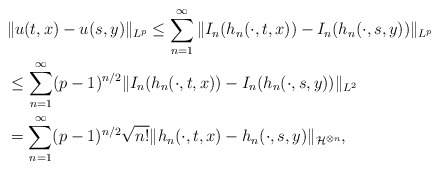
\begin{align*}&\|u(t,x)-u(s,y)\|_{L^p}\le \sum_{n=1}^\infty \|I_n(h_n(\cdot,t,x))-I_n(h_n(\cdot,s,y))\|_{L^p}\\&\le \sum_{n=1}^\infty (p-1)^{n/2}\|I_n(h_n(\cdot,t,x))-I_n(h_n(\cdot,s,y))\|_{L^2} \\&= \sum_{n=1}^\infty (p-1)^{n/2}\sqrt{n!} \|h_n(\cdot,t,x)-h_n(\cdot,s,y)\|_{\mathcal H^{\otimes n}},\end{align*}